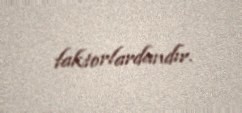
faktorlardandır.